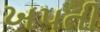
ખપતી